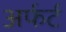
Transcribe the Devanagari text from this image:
अर्फर्ट